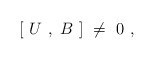
\begin{align*}[\ U\ ,\ B\ ]\ \ne\ 0\ ,\end{align*}